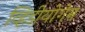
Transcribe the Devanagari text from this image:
व्हिडीयोगेम